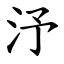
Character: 汿